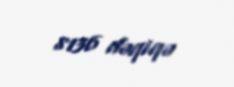
8136 dəqiqə